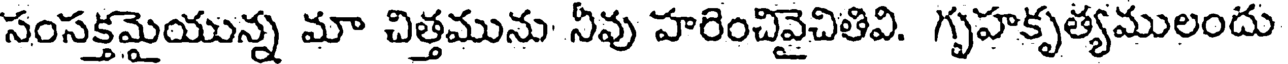
సంసక్తమైయున్న మా చిత్తమును నీవు హరించివైచితివి. గృహకృత్యములందు